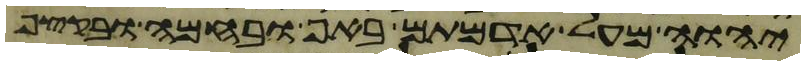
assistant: יהוה מעל אדמתם באף ובחמה ובקצף